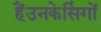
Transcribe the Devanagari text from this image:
हैंउनकेसिंगों